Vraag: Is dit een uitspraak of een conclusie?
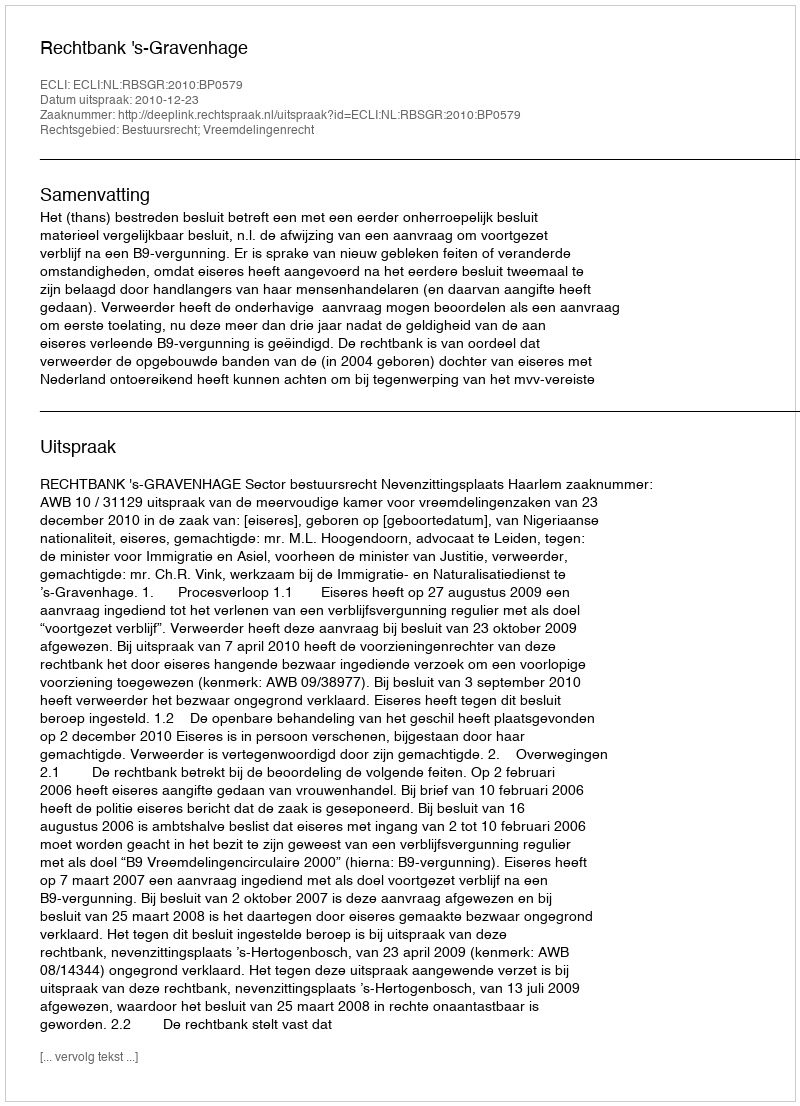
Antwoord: Uitspraak